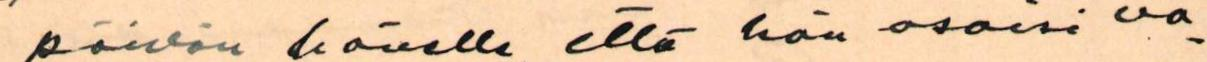
päivän hänelle, että hän osaisi va-